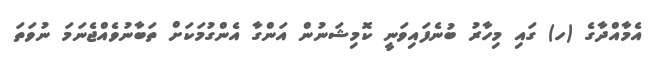
އެމާއްދާގެ (ހ) ގައި މިހާރު ބުނެފައިވަނީ ކޮމިޝަނުން އަންގާ އެންގުމަކަށް ތަބާނުވެއްޖެނަމަ ނުވަތަ